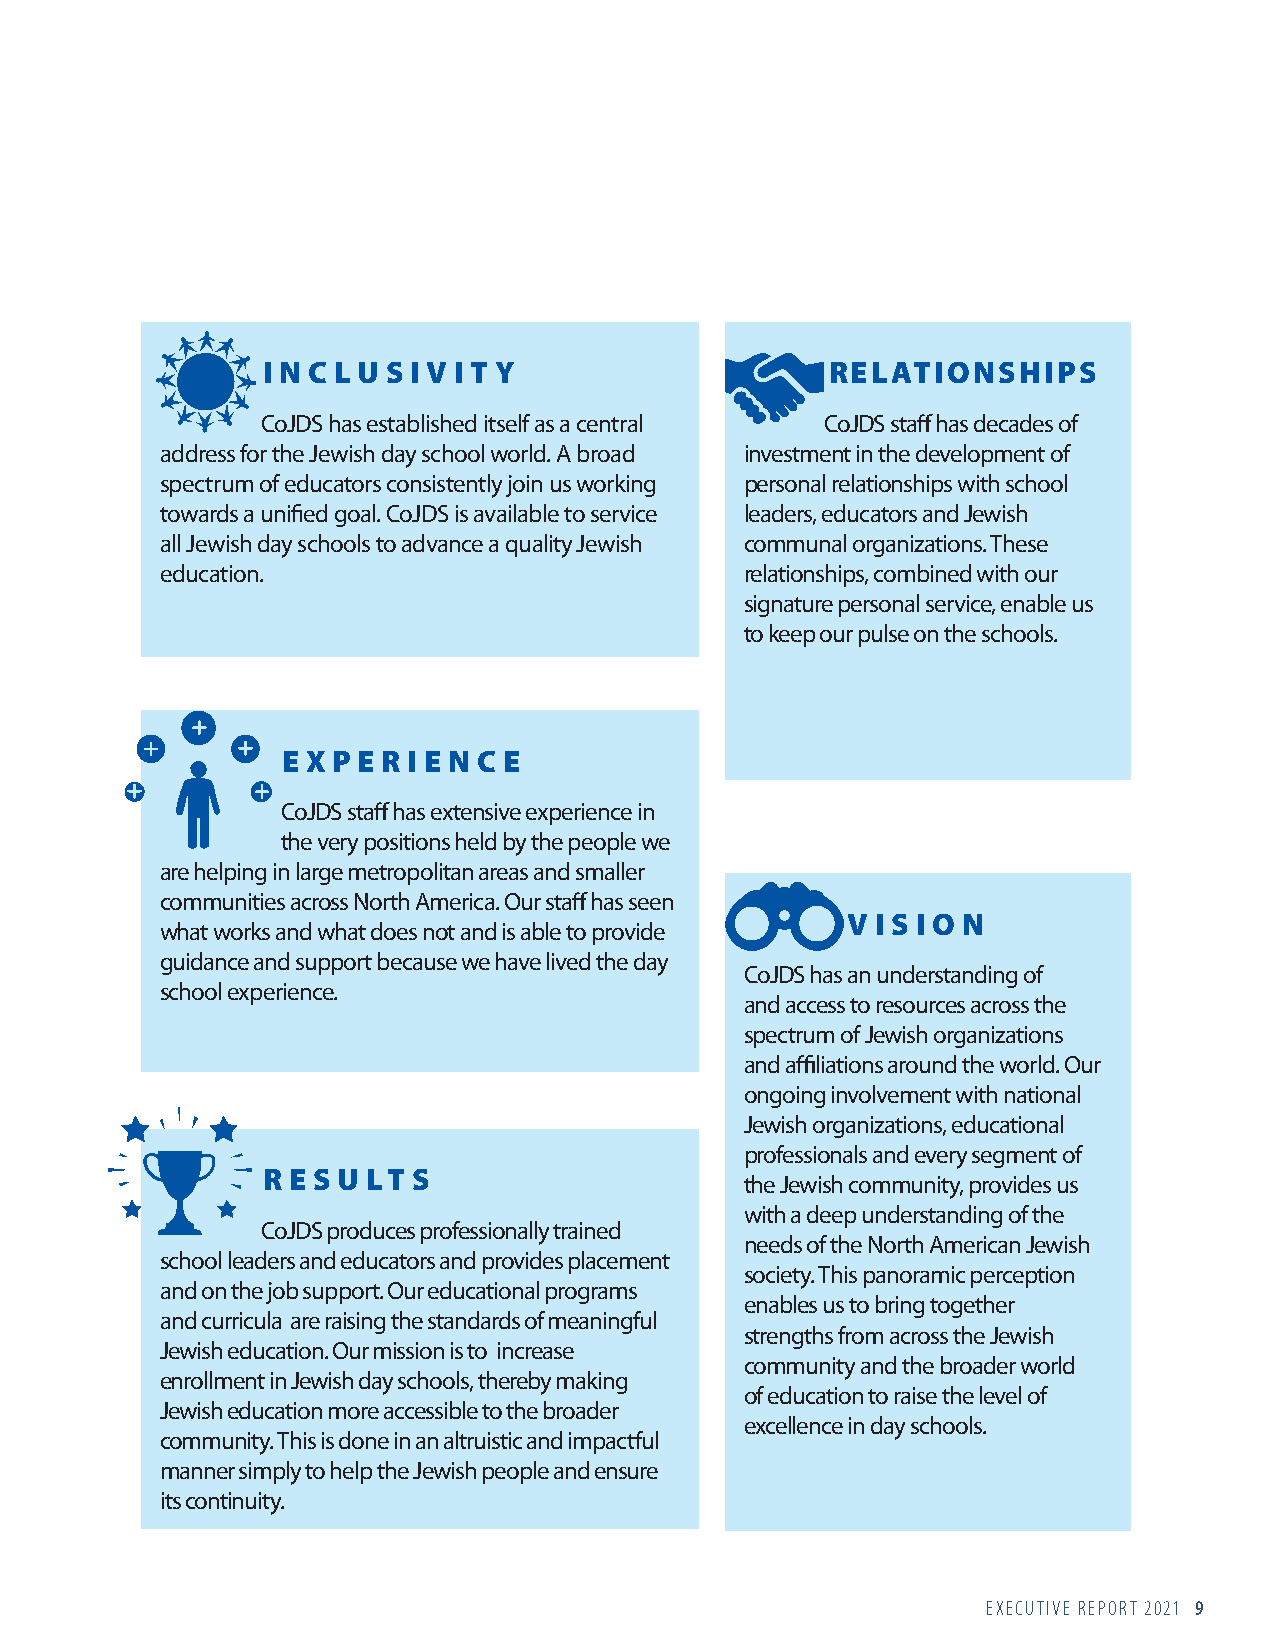
I N C L U S I V I T Y                 RELATIONSHIPS
 CoJDS has established itself as a central CoJDS staff has decades of
 address for the Jewish day school world. A broad investment in the development of
 spectrum of educators consistently join us working personal relationships with school
 towards a unified goal. CoJDS is available to service leaders, educators and Jewish
 all Jewish day schools to advance a quality Jewish communal organizations. These
 education.                            relationships, combined with our
 signature personal service, enable us
 to keep our pulse on the schools.
 E X P E R I E N C E
 CoJDS staff has extensive experience in
 the very positions held by the people we
 are helping in large metropolitan areas and smaller
 communities across North America. Our staff has seen
 V I S I O N
 what works and what does not and is able to provide
 guidance and support because we have lived the day
 CoJDS has an understanding of
 school experience.
 and access to resources across the
 spectrum of Jewish organizations
 and affiliations around the world. Our
 ongoing involvement with national
 Jewish organizations, educational
 professionals and every segment of
 R E S U LT S
 the Jewish community, provides us
 with a deep understanding of the
 CoJDS produces professionally trained
 needs of the North American Jewish
 school leaders and educators and provides placement
 society. This panoramic perception
 and on the job support. Our educational programs
 enables us to bring together
 and curricula are raising the standards of meaningful
 strengths from across the Jewish
 Jewish education. Our mission is to increase
 community and the broader world
 enrollment in Jewish day schools, thereby making
 of education to raise the level of
 Jewish education more accessible to the broader
 excellence in day schools.
 community. This is done in an altruistic and impactful
 manner simply to help the Jewish people and ensure
 its continuity.
 EXECUTIVE REPORT 2021 9